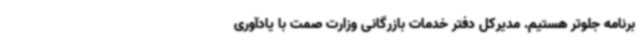
برنامه جلوتر هستیم. مدیرکل دفتر خدمات بازرگانی وزارت صمت با یادآوری